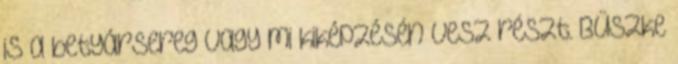
is a betyársereg vagy mi kiképzésén vesz részt. Büszke